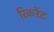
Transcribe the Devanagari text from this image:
रिकरेंट